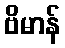
ဗိမာန်